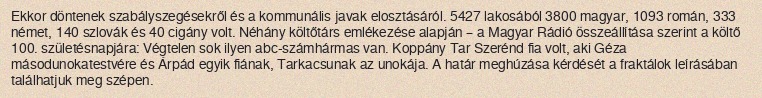
Ekkor döntenek szabályszegésekről és a kommunális javak elosztásáról. 5427 lakosából 3800 magyar, 1093 román, 333 német, 140 szlovák és 40 cigány volt. Néhány költőtárs emlékezése alapján – a Magyar Rádió összeállítása szerint a költő 100. születésnapjára: Végtelen sok ilyen abc-számhármas van. Koppány Tar Szerénd fia volt, aki Géza másodunokatestvére és Árpád egyik fiának, Tarkacsunak az unokája. A határ meghúzása kérdését a fraktálok leírásában találhatjuk meg szépen.